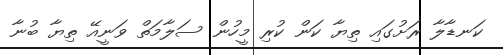
ކަނޑާލާ ރަށުގައި ތިޔާ ކަން ކުރި މީހުން ސަލާމަތް ވަނީއޭ ތިޔާ ބުނާ